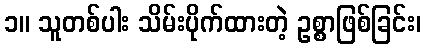
၁။ သူတစ်ပါး သိမ်းပိုက်ထားတဲ့ ဥစ္စာဖြစ်ခြင်း၊